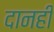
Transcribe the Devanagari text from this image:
दानही